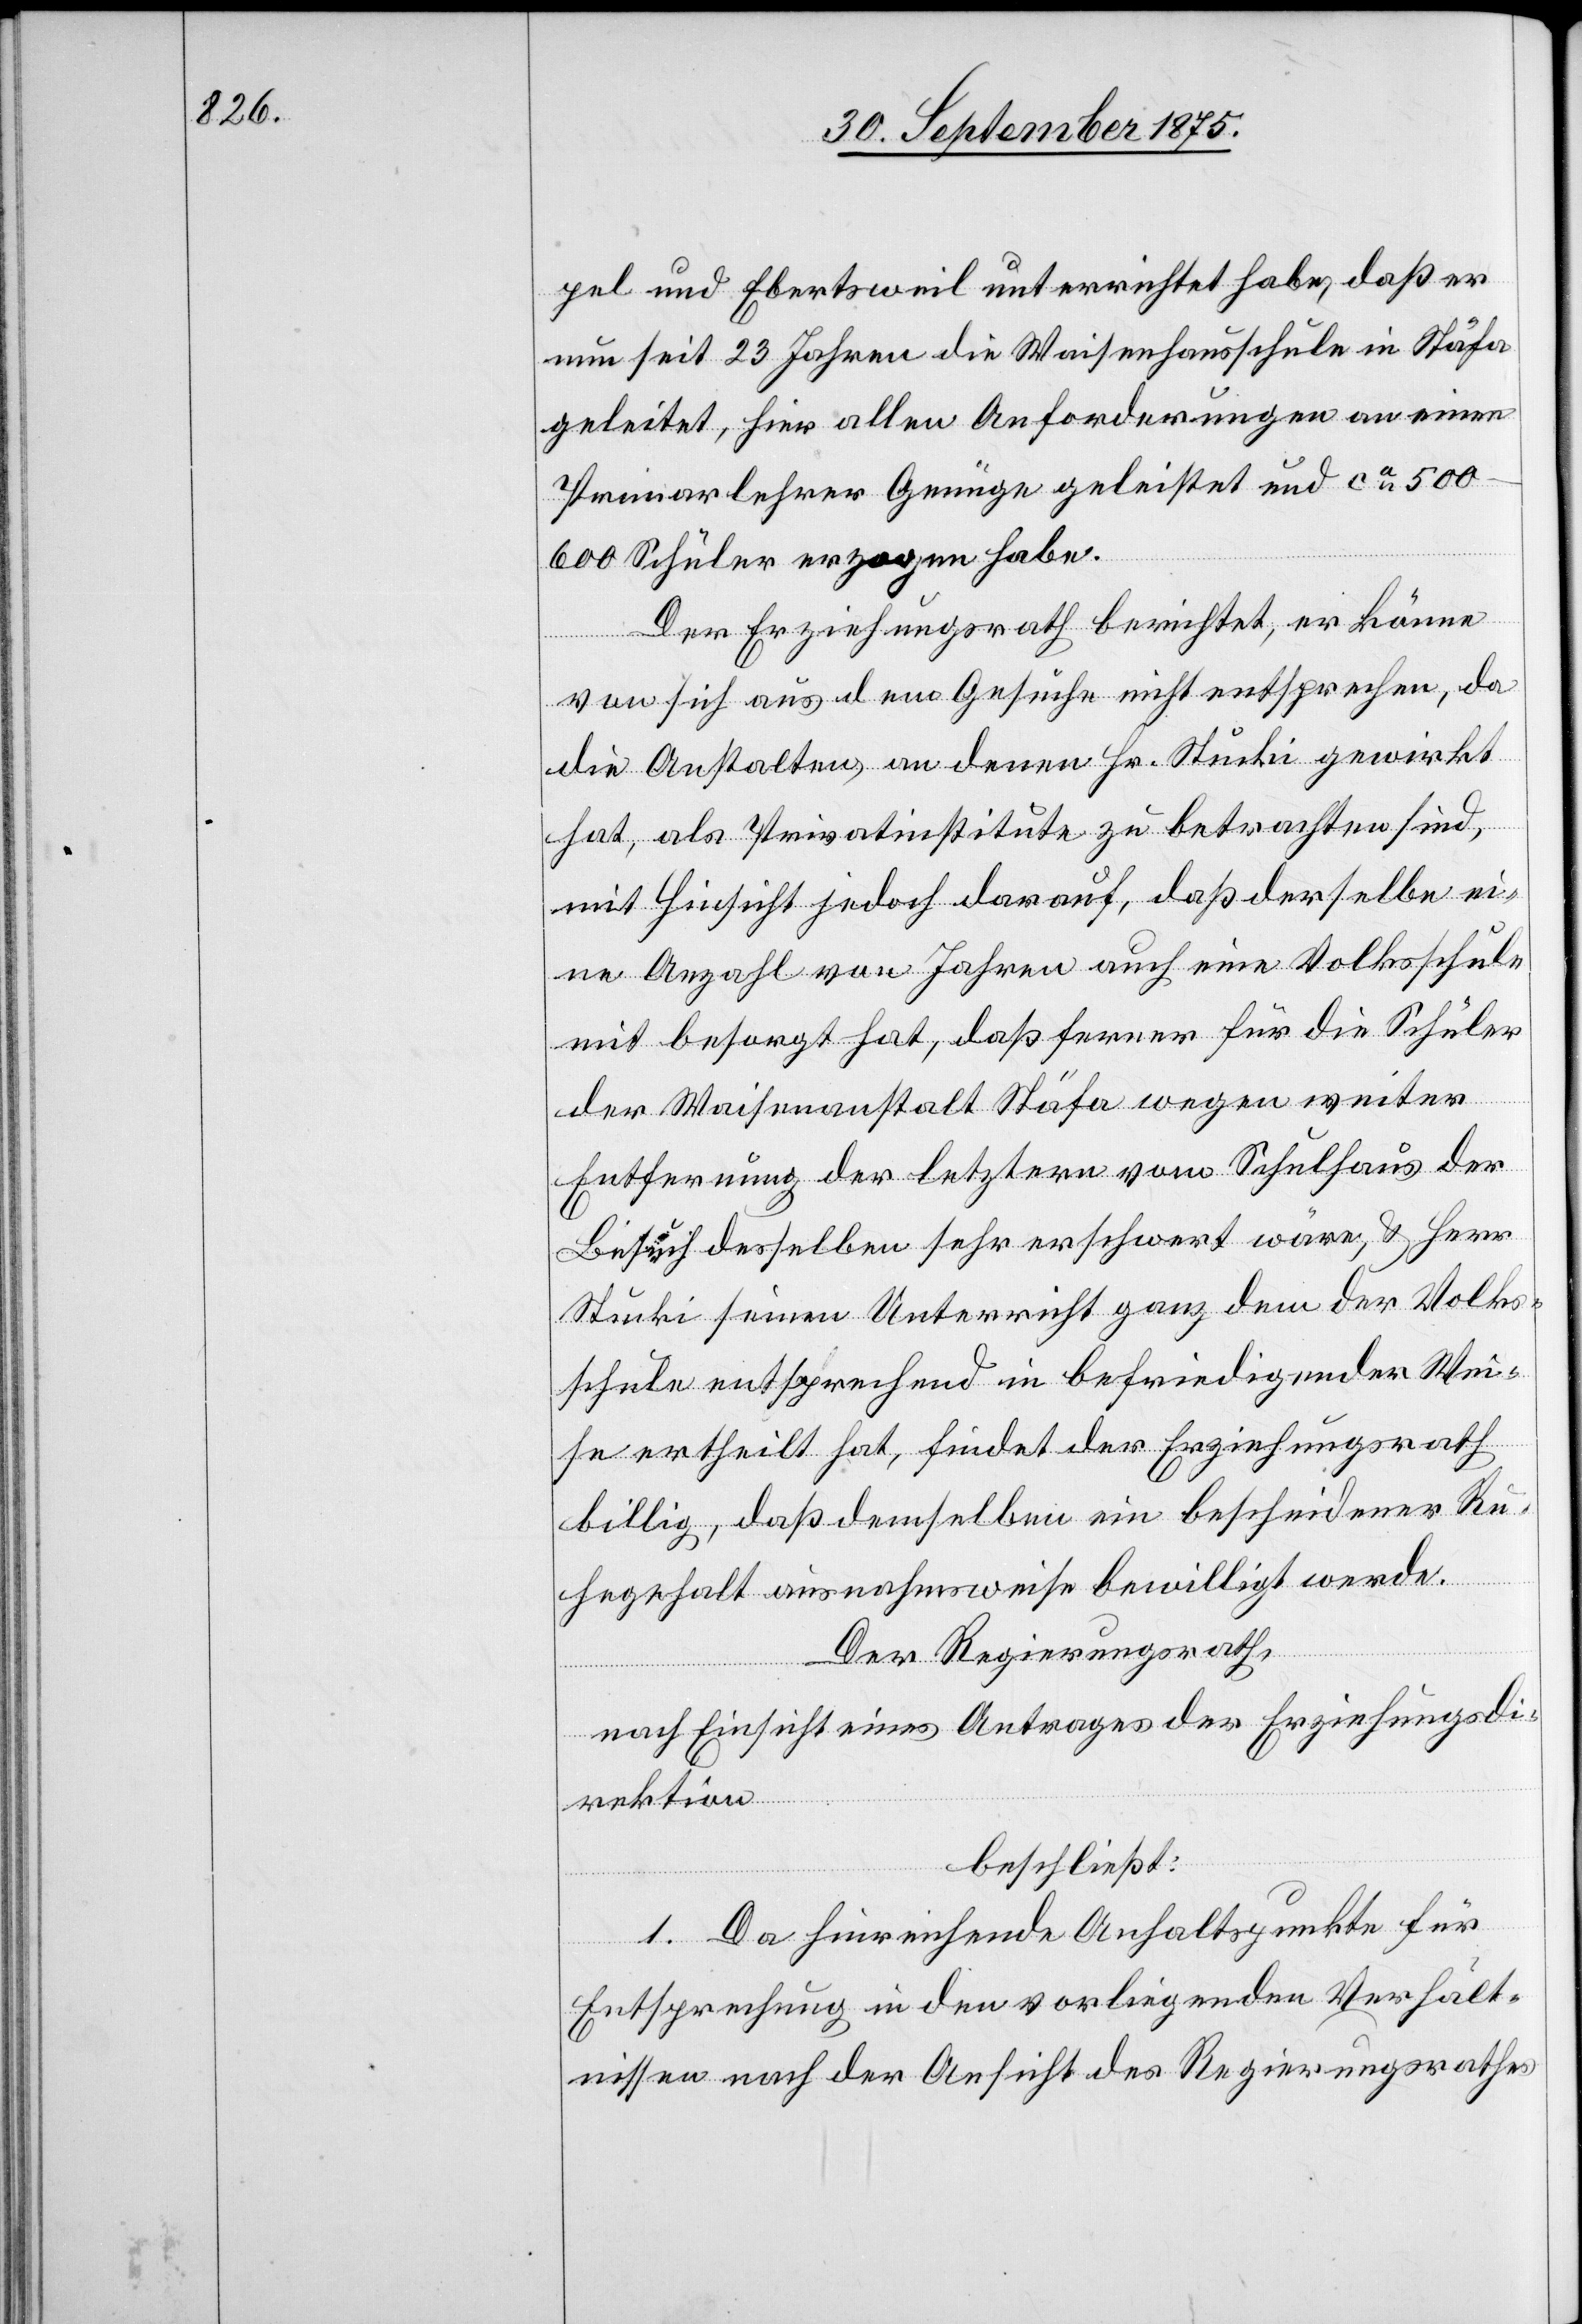
pel und Ebertsweil unterrichtet habe, daß er
nun seit 23 Jahren die Waisenhausschule in Stäfa
geleitet, hier allen Anforderungen an einen
Primarlehrer Genüge geleistet und ca 500–600
Schüler erzogen habe.
Der Erziehungsrath berichtet, er könne
von sich aus dem Gesuche nicht entsprechen, da
die Anstalten, an denen Hr. Stucki gewirkt
hat, als Privatinstitute zu betrachten sind,
mit Hinsicht jedoch darauf, daß derselbe ei¬
ne Anzahl von Jahren auch eine Volksschule
mit besorgt hat, daß ferner für die Schüler
der Waisenanstalt Stäfa wegen weiter
Entfernung der letztern vom Schulhaus der
Besuch desselben sehr erschwert wäre, & Herr
Stucki seinen Unterricht ganz dem der Volks¬
schule entsprechend in befriedigender Wei¬
se ertheilt hat, findet der Erziehungsrath
billig, daß demselben ein bescheidener Ru¬
hegehalt ausnahmsweise bewilligt werde.
Der Regierungsrath,
nach Einsicht eines Antrages der Erziehungsdi¬
rektion
beschließt:
1. Da hinreichende Anhaltspunkte für
Entsprechung in den vorliegenden Verhält¬
nissen nach der Ansicht des Regierungsrathes